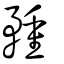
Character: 䂌